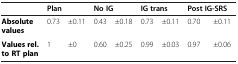
|  | <COLSPAN=2> Plan | <COLSPAN=2> No IG | <COLSPAN=2> IG trans | <COLSPAN=2> Post IG-SRS |
 | --- | --- | --- | --- | --- | --- | --- | --- | --- |
 | Absolute values | 0.73 | ±0.11 | 0.43 | ±0.18 | 0.73 | ±0.11 | 0.70 | ±0.11 |
 | Values rel. to RT plan | 1 | ±0 | 0.60 | ±0.25 | 0.99 | ±0.03 | 0.97 | ±0.06 |